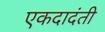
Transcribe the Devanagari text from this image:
एकदादंती